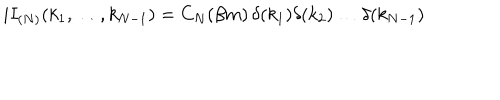
i I _ { ( N ) } ( k _ { 1 } , \dots , k _ { N - 1 } ) = C _ { N } ( \beta m ) \, \delta ( k _ { 1 } ) \delta ( k _ { 2 } ) \dots \delta ( k _ { N - 1 } )